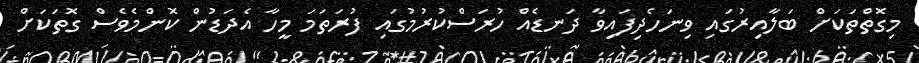
މިގޮތްތަކަށް ބަލާއިރުގައި ވިނަހެދިފައިވާ ދަނޑެއް ހުރަސްކުރުމުގައި ފުރަތަމަ މީހާ އެދަޑުން ކޮންމެވެސް ގޮތަކަށް